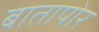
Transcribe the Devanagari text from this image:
बातापोर